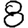
Digit: 8